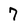
Character: 7